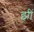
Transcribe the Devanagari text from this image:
झीं